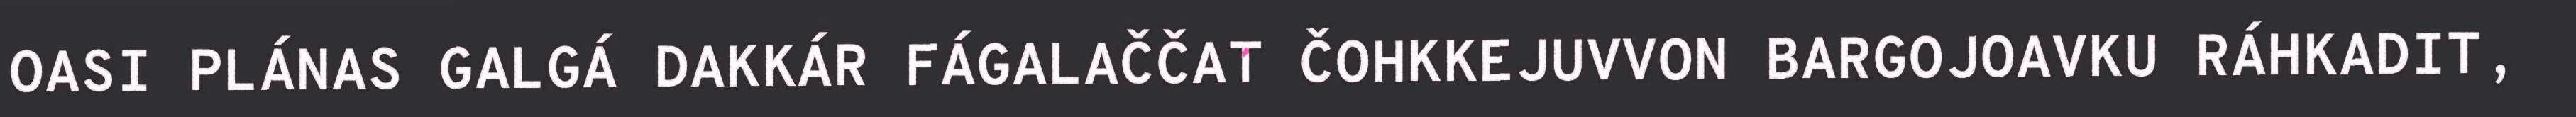
OASI PLÁNAS GALGÁ DAKKÁR FÁGALAČČAT ČOHKKEJUVVON BARGOJOAVKU RÁHKADIT,